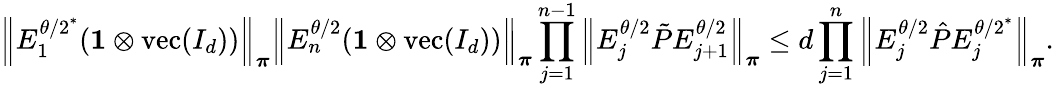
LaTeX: \left\lVert E_{1}^{{\theta/2}^{*}}(\mathbf{1}\otimes\operatorname{vec}(I_{d}))\right\rVert_{\boldsymbol\pi}\left\lVert E_{n}^{\theta/2}(\mathbf{1}\otimes\operatorname{vec}(I_{d}))\right\rVert_{\boldsymbol\pi}\prod_{j=1}^{n-1}\left\lVert E_{j}^{\theta/2}\tilde{P}E_{j+1}^{\theta/2}\right\rVert_{\boldsymbol\pi}\leq d\prod_{j=1}^{n}\left\lVert E_{j}^{\theta/2}\hat{P}E_{j}^{{\theta/2}^{*}}\right\rVert_{\boldsymbol\pi}.